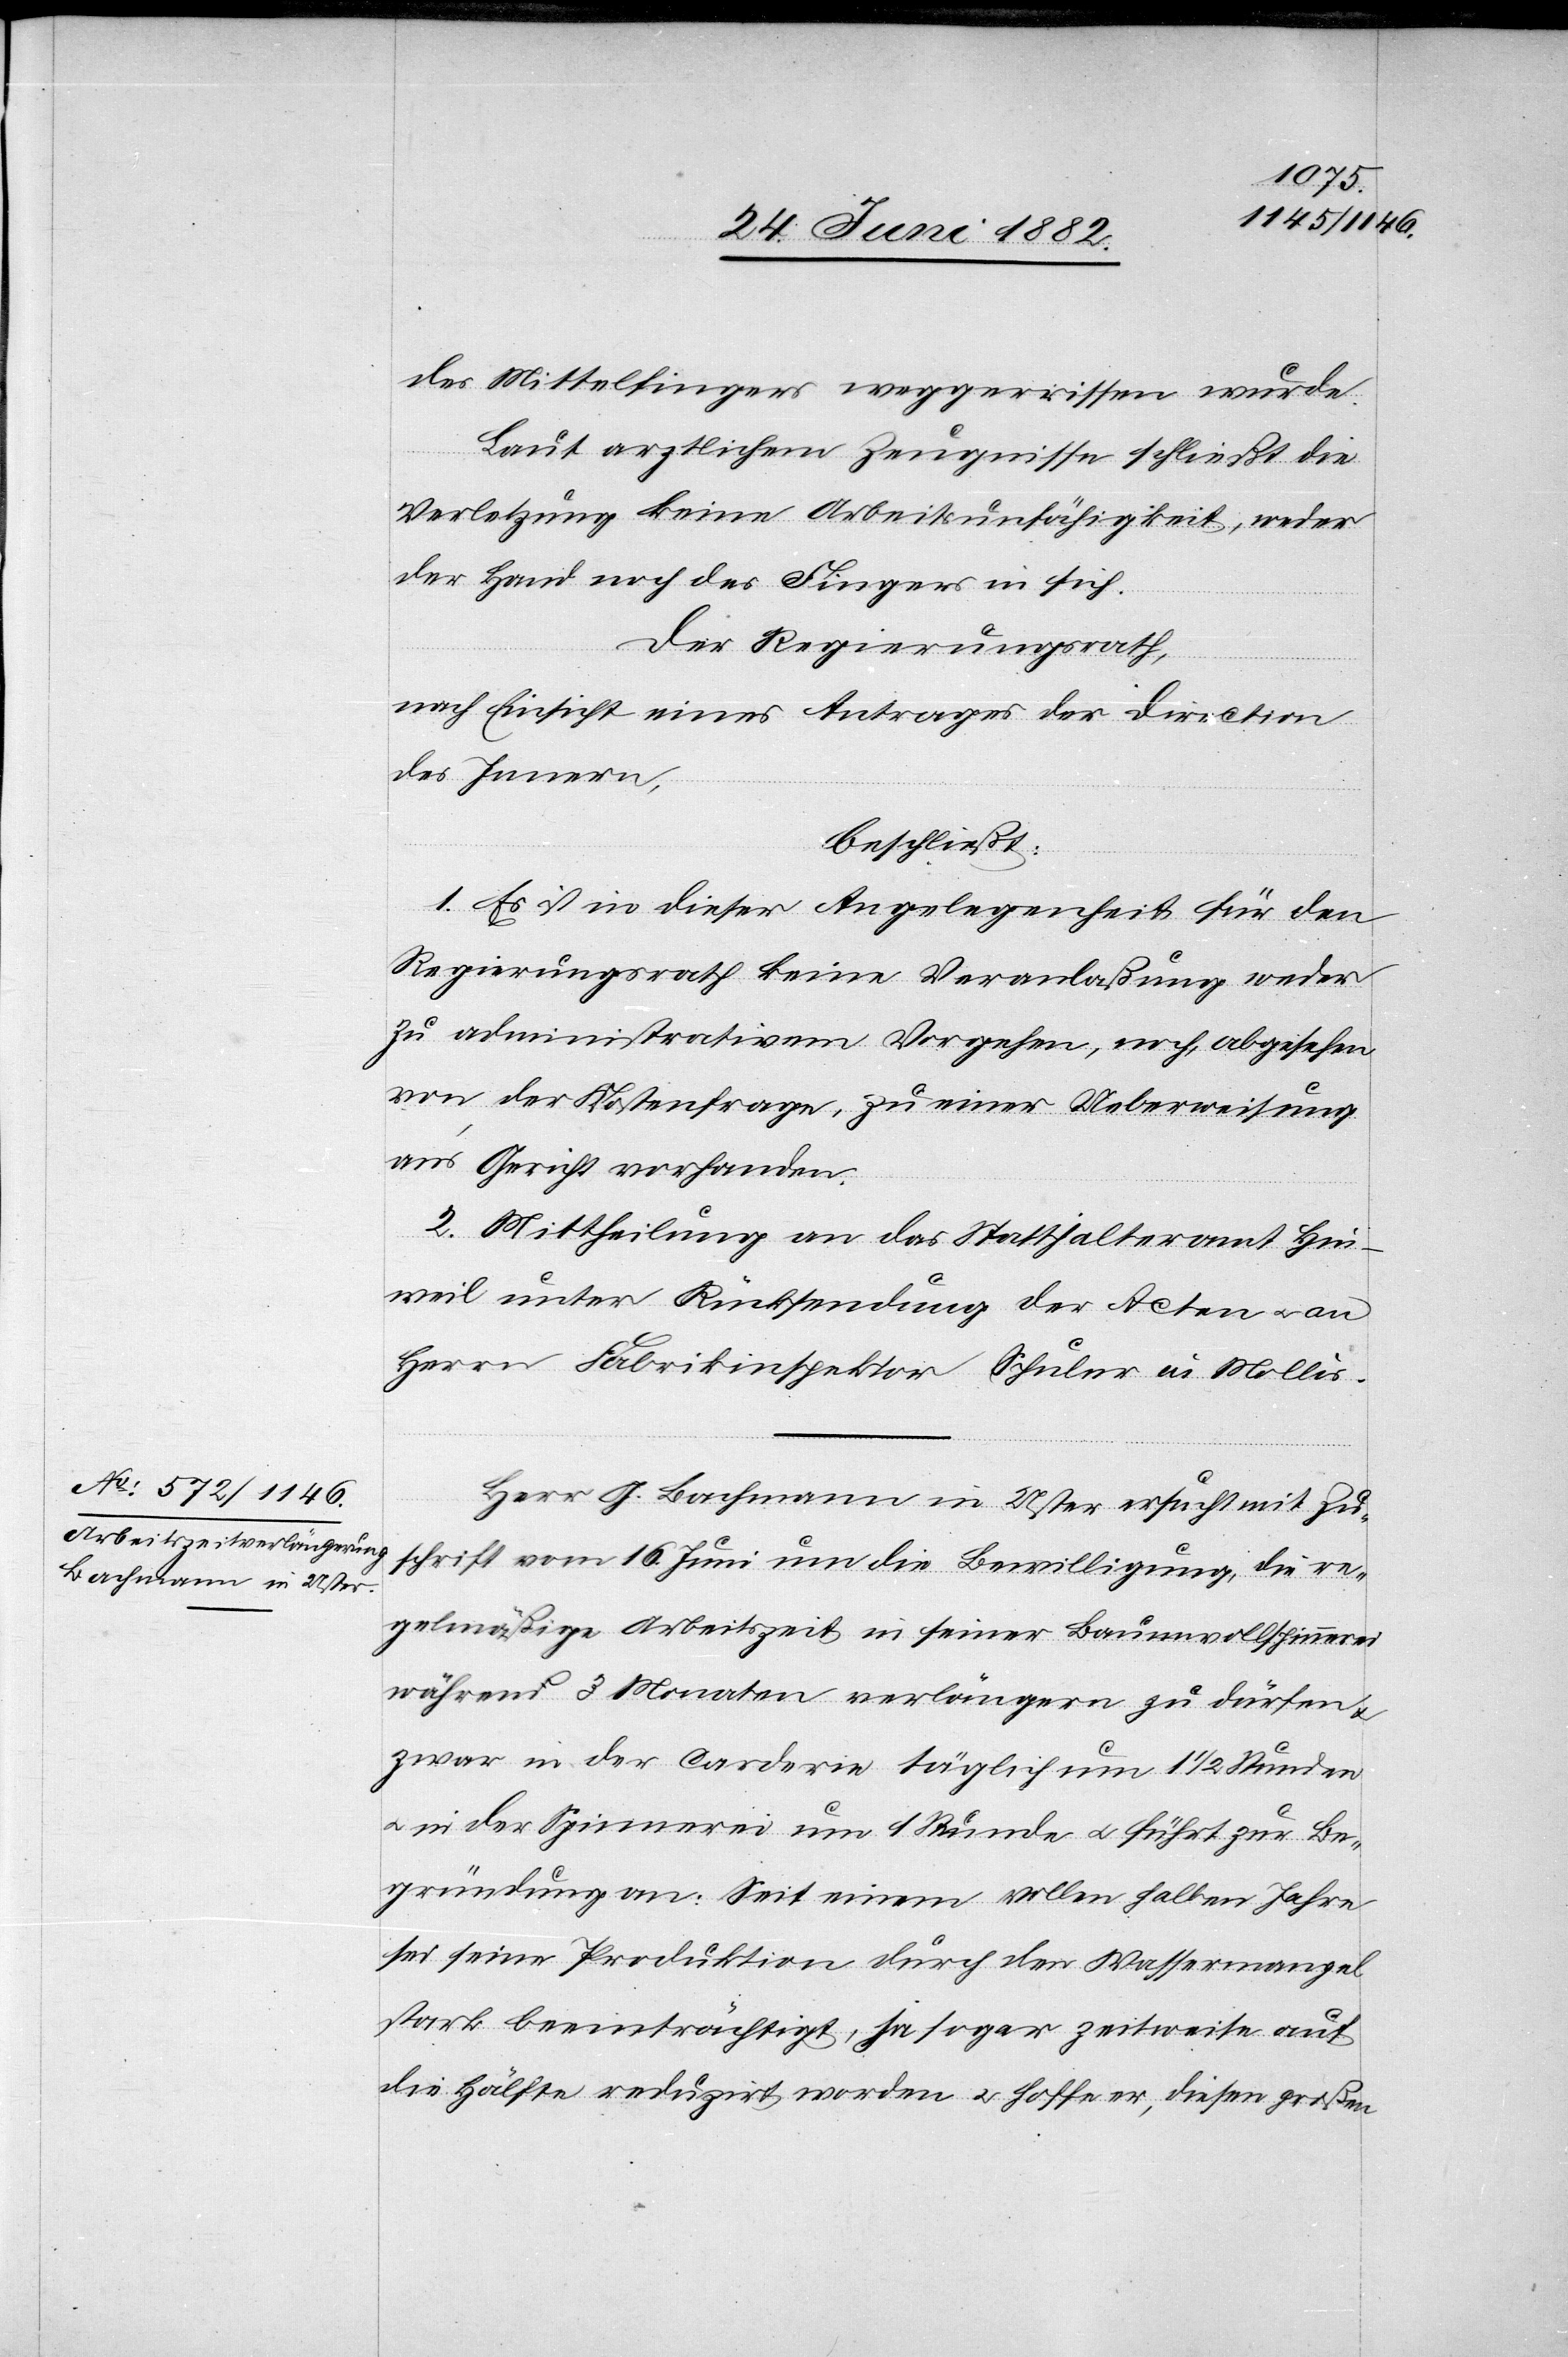
chrift vom 16.
des Mittelfingers weggerissen wurde.
Laut ärztlichem Zeugnisse schließt die
Verletzung keine Arbeitsunfähigkeit, weder
der Hand noch des Fingers in sich.
Der Regierungsrath,
nach Einsicht eines Antrages der Direction
des Innern,
beschließt:
1. Es ist in dieser Angelegenheit für den
Regierungsrath keine Veranlaßung weder
zu administrativem Vorgehen, noch, abgesehen
von der Kostenfrage, zu einer Ueberweisung
ans Gericht vorhanden.
2. Mittheilung an das Statthalteramt Hin¬
weil unter Rücksendung der Acten u. an
Herrn Fabrikinspektor Schuler in Mollis.
Herr G. Bachmann in Uster ersucht mit Zus¬
regelmäßige Arbeitszeit in seiner Baumwollspinnerei
während 3 Monaten verlängern zu dürfen &
zwar in der Carderie täglich um 1 1/2 Stunden
u. in der Spinnerei um 1 Stunde und führt zur Be¬
gründung an: Seit einem vollen halben Jahre
sei seine Produktion durch den Wassermangel
stark beeinträchtigt, ja sogar zeitweise auf
die Hälfte reduzirt worden u. hoffe er, diesen großen